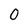
Character: 0